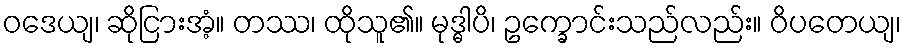
ဝဒေယျ၊ ဆိုငြားအံ့။ တဿ၊ ထိုသူ၏။ မုဒ္ဓါပိ၊ ဥက္ခောင်းသည်လည်း။ ဝိပတေယျ၊